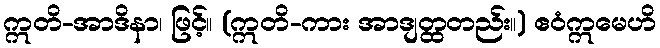
ဣတိ-အာဒိနာ၊ ဖြင့်။ (ဣတိ-ကား အာဒျတ္ထတည်း။) ဧဝံဣမေဟိ